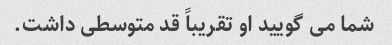
شما می گویید او تقریباً قد متوسطی داشت.